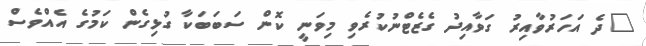
"ދެ އަހަރުވާއިރު ގަވާއިދު ގެޒެޓްނުކުރެވި މިވަނީ ކޮން ސަބަބަކާ ގުޅިގެން ކަމުގެ އެއްވެސް